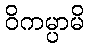
ဝိကမ္ပာမိ